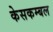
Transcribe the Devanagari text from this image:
केसकम्बल